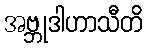
အဗ္ဘုဒါဟာသီတိ